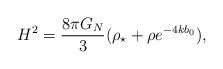
LaTeX: \begin{align*}H^2=\frac{8\pi G_N}{3}(\rho_\star+\rho e^{-4kb_0}),\end{align*}